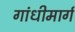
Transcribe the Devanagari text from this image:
गांधीमार्ग